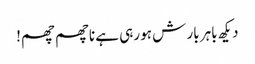
دیکھ باہر بار ش ہو رہی ہے ناچھم چھم!